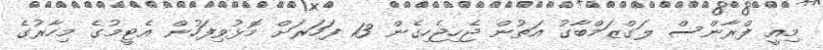
މިއީ ފްރާންސް ލަގްޒަމްބާގު އަތުން ޖެހިޖެހިގެން 13 ފަހަރަށް މޮޅުވިފަހުން އެޓީމުގެ މިހާރުގެ